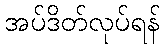
အပ်ဒိတ်လုပ်ရန်